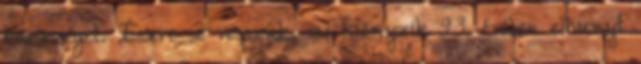
közönséget. Észre se vesszük, mi hiányzik 93. évében elhunyt